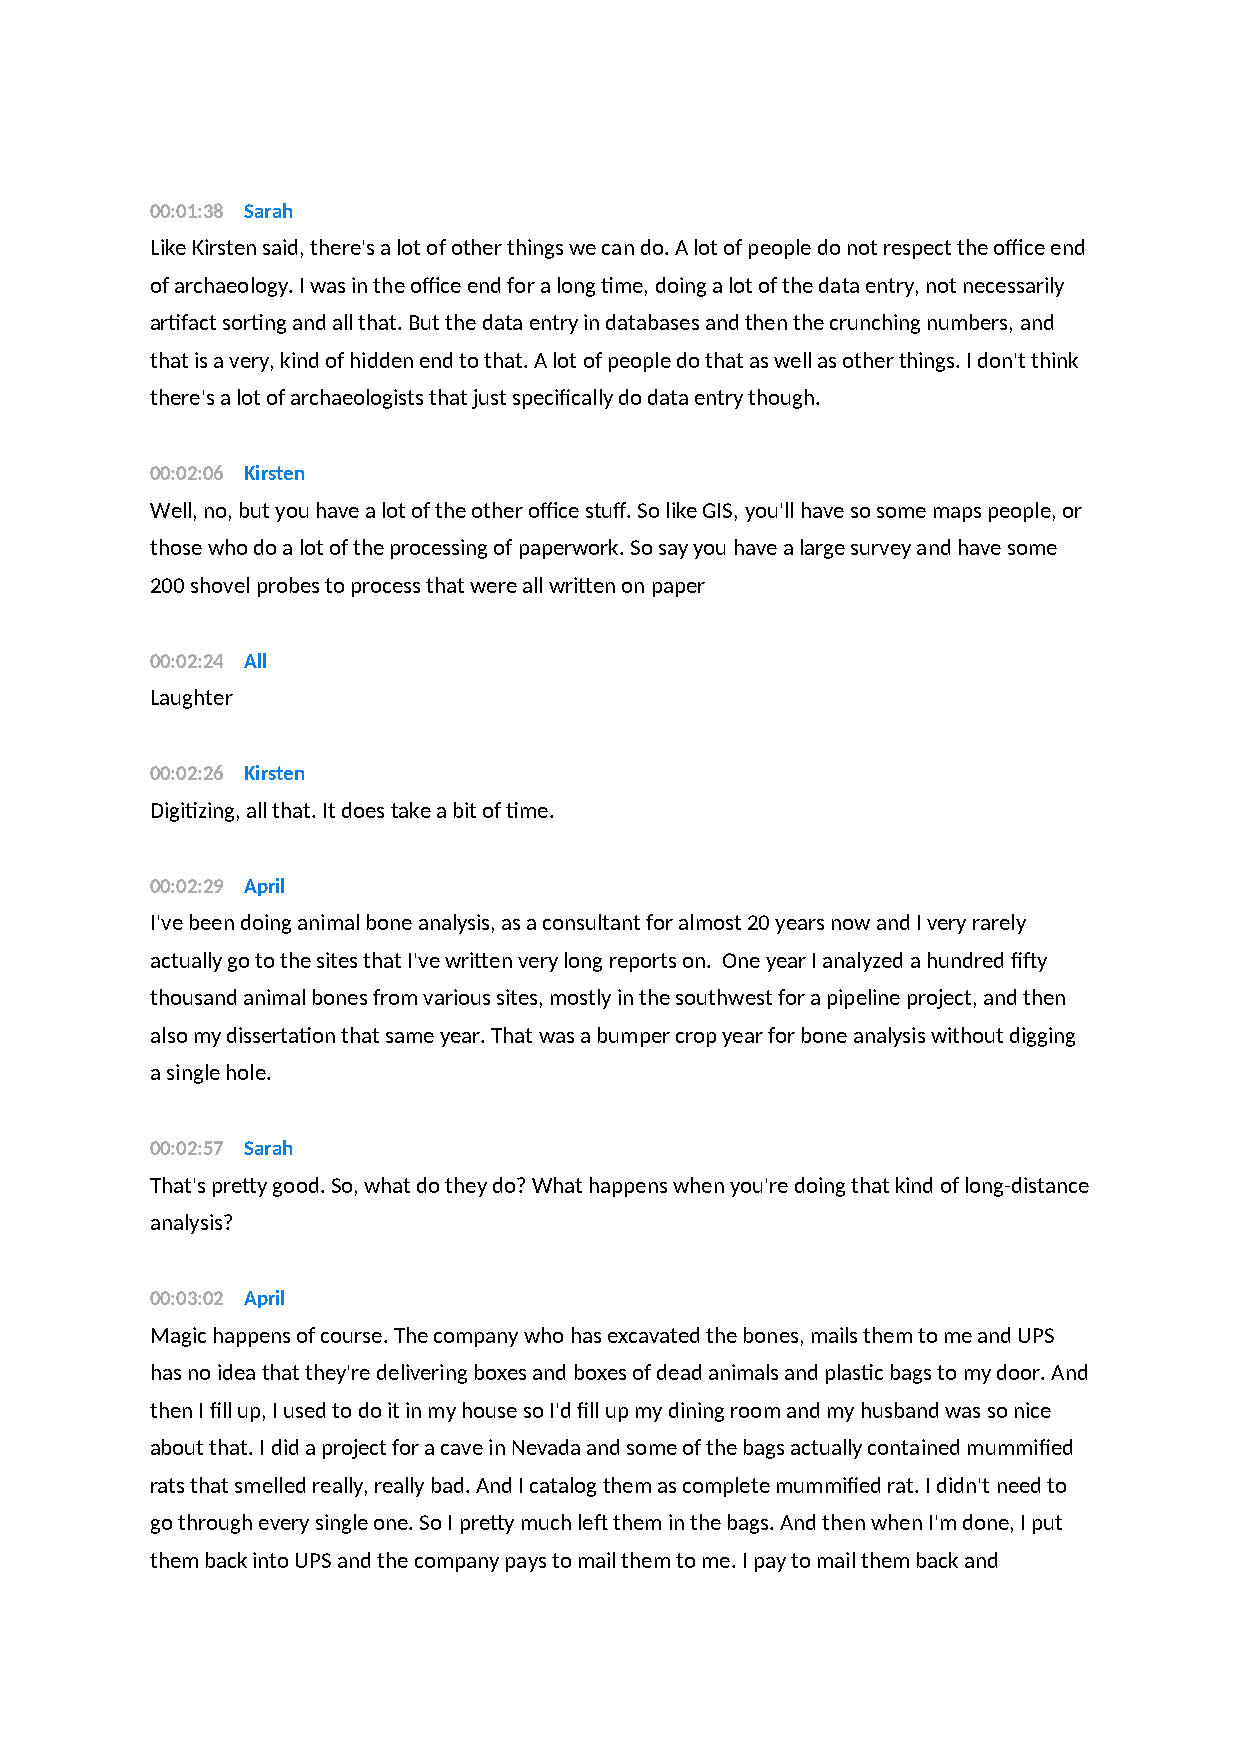
00:01:38 Sarah
 Like Kirsten said, there's a lot of other things we can do. A lot of people do not respect the office end
 of archaeology. I was in the office end for a long time, doing a lot of the data entry, not necessarily
 artifact sorting and all that. But the data entry in databases and then the crunching numbers, and
 that is a very, kind of hidden end to that. A lot of people do that as well as other things. I don't think
 there's a lot of archaeologists that just specifically do data entry though.
 00:02:06 Kirsten
 Well, no, but you have a lot of the other office stuff. So like GIS, you'll have so some maps people, or
 those who do a lot of the processing of paperwork. So say you have a large survey and have some
 200 shovel probes to process that were all written on paper
 00:02:24 All
 Laughter
 00:02:26 Kirsten
 Digitizing, all that. It does take a bit of time.
 00:02:29 April
 I've been doing animal bone analysis, as a consultant for almost 20 years now and I very rarely
 actually go to the sites that I've written very long reports on. One year I analyzed a hundred fifty
 thousand animal bones from various sites, mostly in the southwest for a pipeline project, and then
 also my dissertation that same year. That was a bumper crop year for bone analysis without digging
 a single hole.
 00:02:57 Sarah
 That's pretty good. So, what do they do? What happens when you're doing that kind of long-distance
 analysis?
 00:03:02 April
 Magic happens of course. The company who has excavated the bones, mails them to me and UPS
 has no idea that they're delivering boxes and boxes of dead animals and plastic bags to my door. And
 then I fill up, I used to do it in my house so I'd fill up my dining room and my husband was so nice
 about that. I did a project for a cave in Nevada and some of the bags actually contained mummified
 rats that smelled really, really bad. And I catalog them as complete mummified rat. I didn't need to
 go through every single one. So I pretty much left them in the bags. And then when I'm done, I put
 them back into UPS and the company pays to mail them to me. I pay to mail them back and